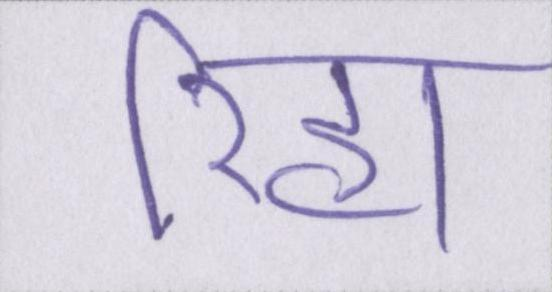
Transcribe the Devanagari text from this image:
रिहा